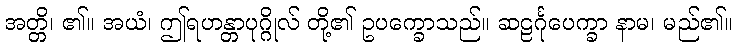
အတ္တိ၊ ၏။ အယံ၊ ဤရဟန္တာပုဂ္ဂိုလ် တို့၏ ဥပက္ခောသည်။ ဆဠင်္ဂုပေက္ခာ နာမ၊ မည်၏။